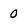
Character: 0